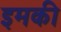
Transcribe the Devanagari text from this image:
इमकी